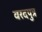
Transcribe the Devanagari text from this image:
वरदपुत्र